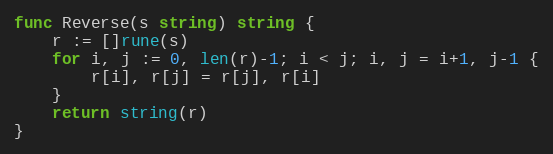
Language: Go
func Reverse(s string) string {
	r := []rune(s)
	for i, j := 0, len(r)-1; i < j; i, j = i+1, j-1 {
		r[i], r[j] = r[j], r[i]
	}
	return string(r)
}